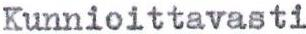
Kunnioittavasti